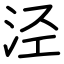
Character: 泾